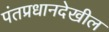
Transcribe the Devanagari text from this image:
पंतप्रधानदेखील